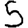
Digit: 5